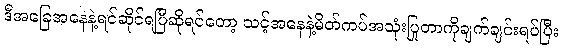
ဒီအခြေအနေနဲ့ရင်ဆိုင်ရပြီဆိုရင်တော့ သင့်အနေနဲ့မိတ်ကပ်အသုံးပြုတာကိုချက်ချင်းရပ်ပြီး